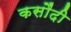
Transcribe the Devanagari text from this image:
कसौंदी